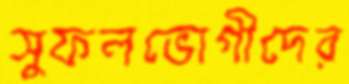
সুফলভোগীদের